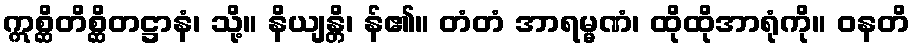
ဣစ္ဆိတိစ္ဆိတဋ္ဌာနံ၊ သို့။ နိယျန္တိ၊ န်၏။ တံတံ အာရမ္မဏံ၊ ထိုထိုအာရုံကို။ ဝနတိ